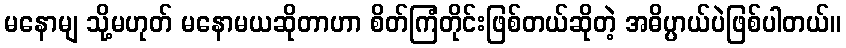
မနောမျ သို့မဟုတ် မနောမယဆိုတာဟာ စိတ်ကြံတိုင်းဖြစ်တယ်ဆိုတဲ့ အဓိပ္ပာယ်ပဲဖြစ်ပါတယ်။